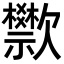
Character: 𬅴